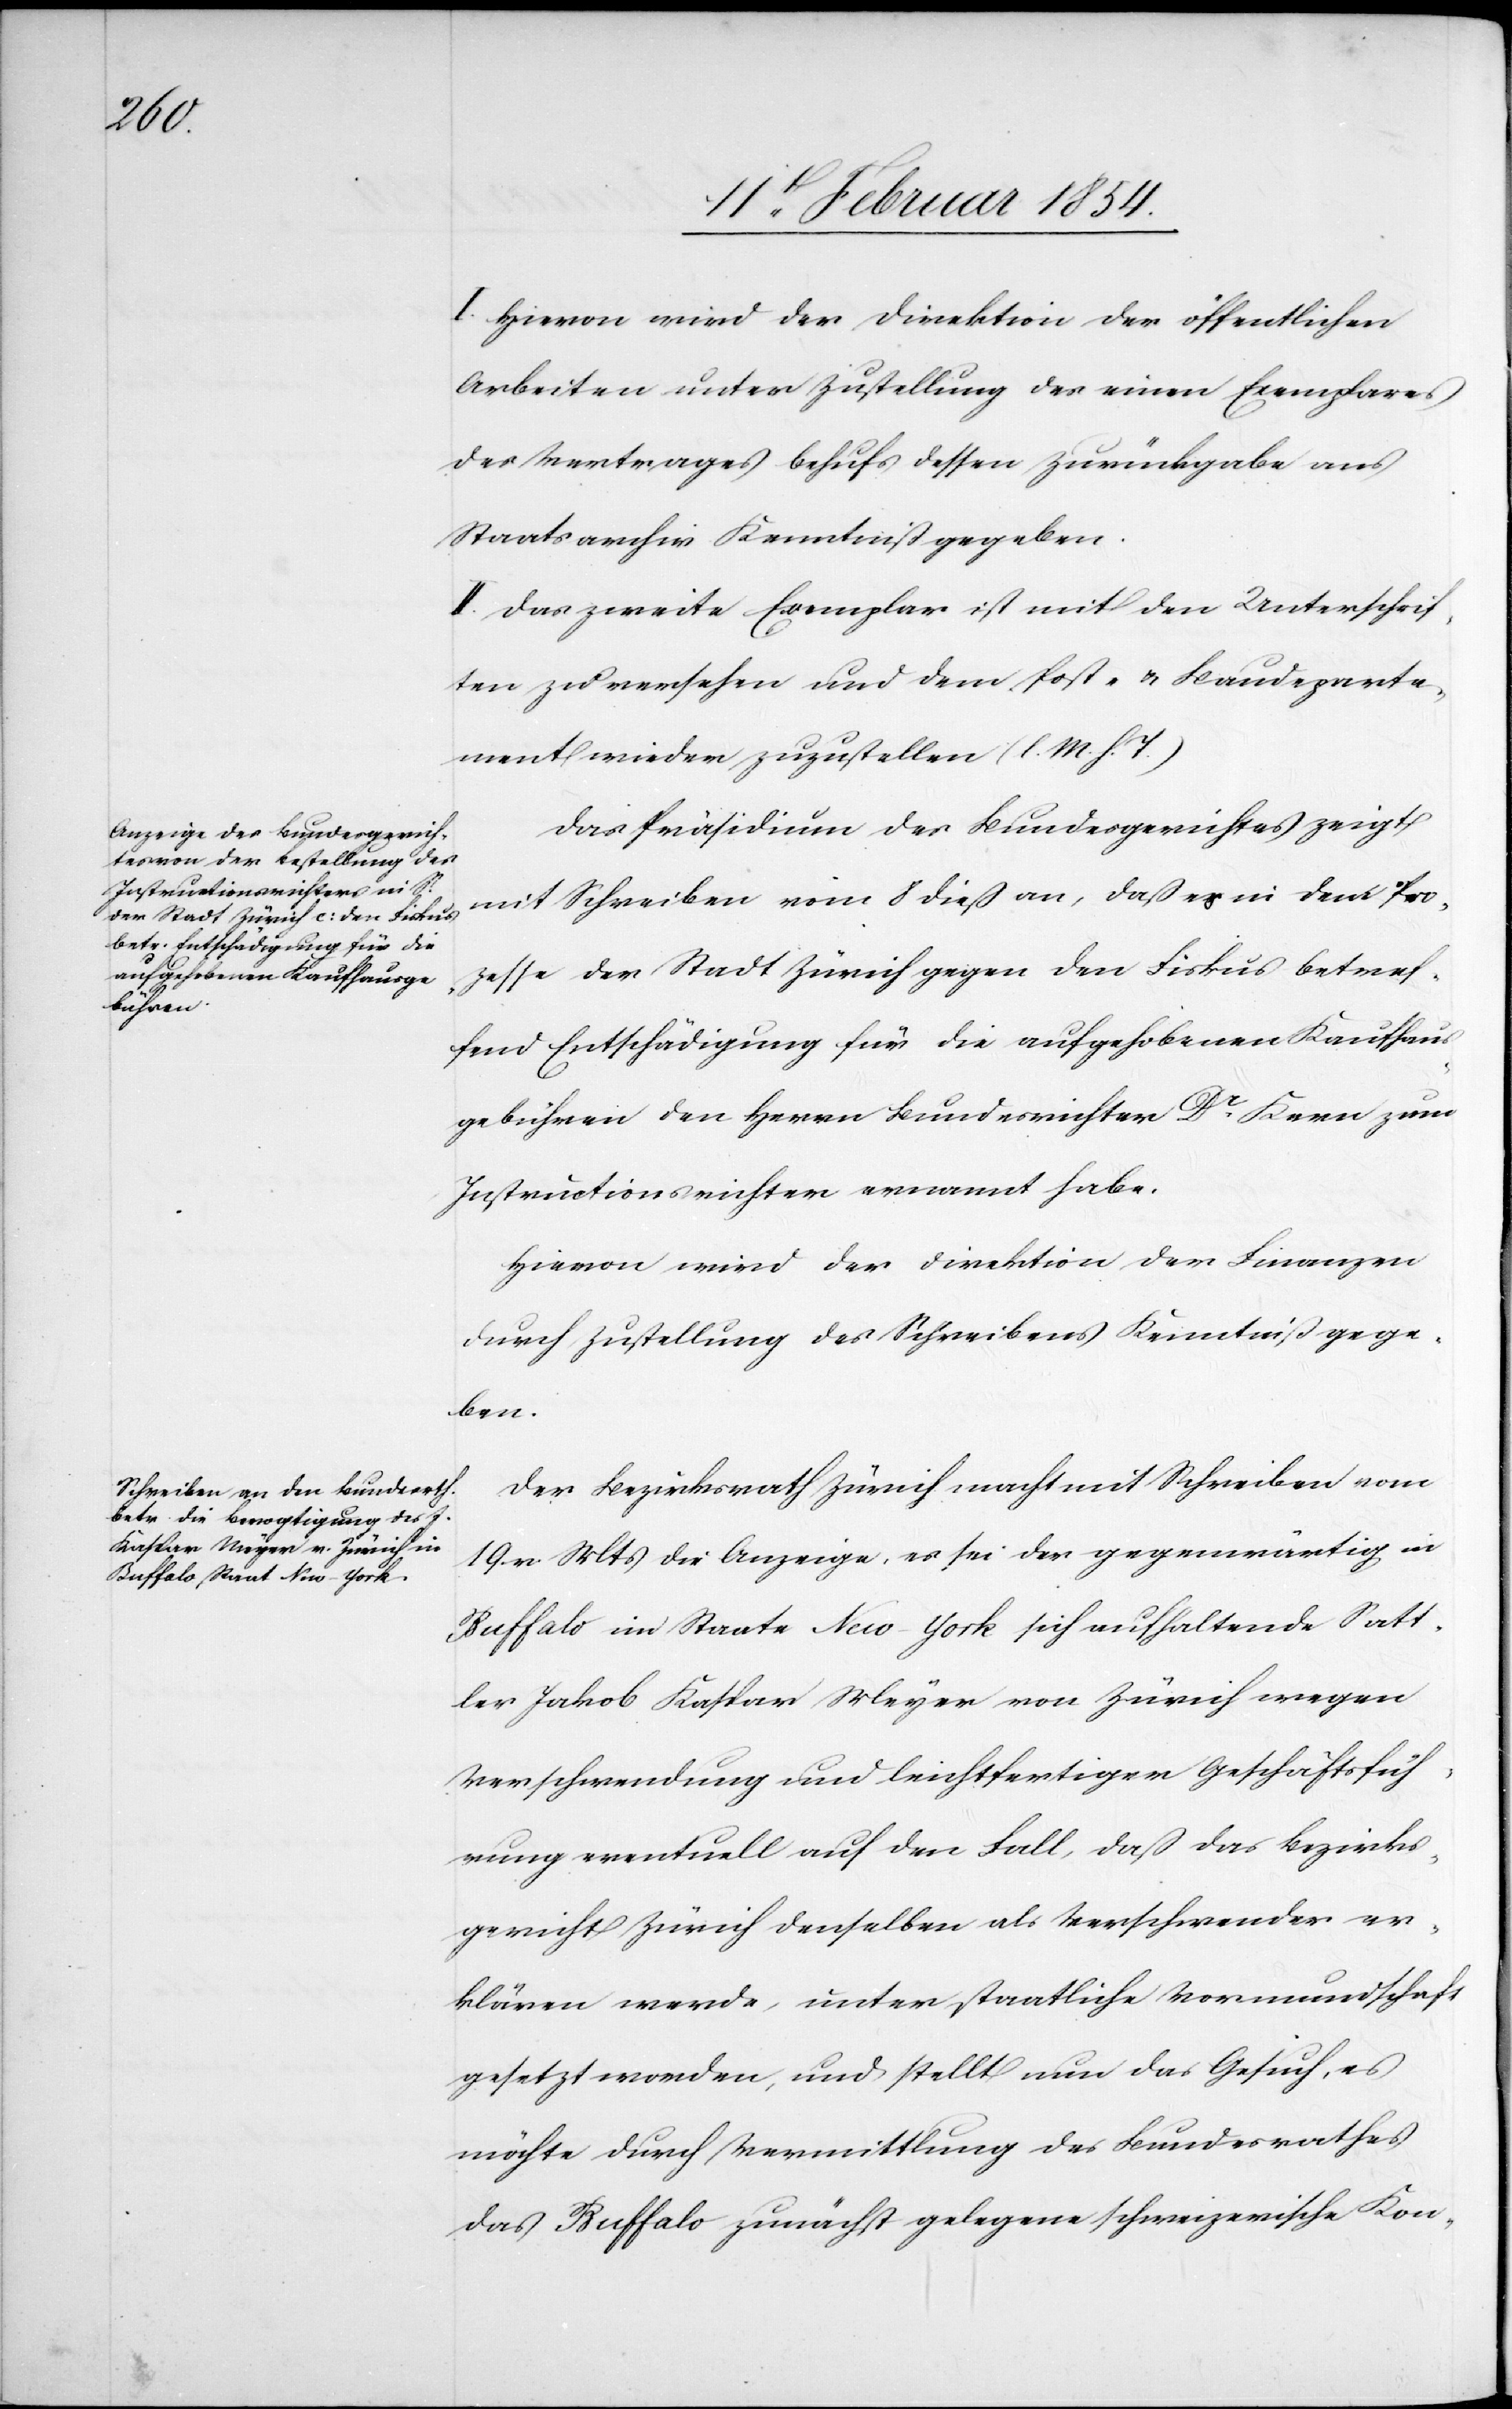
I. Hievon wird der Direktion der öffentlichen
Arbeiten unter Zustellung des einen Exemplares
des Vertrages behufs dessen Zurückgabe aus
Staatsarchiv Kenntniß gegeben.
II. Das zweite Exemplar ist mit den Unterschrif¬
ten zu versehen und dem Post- u. Baudeparte¬
ment wieder zuzustellen (l. M. h. T.)
Das Präsidium des Bundesgerichtes zeigt
mit Schreiben vom 8 dieß an, daß es in dem Pro¬
zesse der Stadt Zürich gegen den Fiskus betref¬
fend Entschädigung für die aufgehobenen Kaufhaus¬
gebühren den Herrn Bundesrichter Dr Kern zum
Instructionsrichter ernannt habe.
Hievon wird der Direktion der Finanzen
durch Zustellung des Schreibens Kenntniß gege¬
ben.
Der Bezirksrath Zürich macht mit Schreiben vom
v. Mts die Anzeige, es sei der gegenwärtig in
Buffalo im Staate New-York sich aufhaltende Satt¬
ler Jakob Kaspar Meyer von Zürich wegen
Verschwendung und leichtfertiger Geschäftsfüh¬
rung eventuell auf den Fall, daß das Bezirks¬
gericht Zürich denselben als Verschwender er¬
klären werde, unter staatliche Vormundschaft
gesetzt worden, und stellt nun das Gesuch, es
möchte durch Vermittlung des Bundesrathes
das Buffalo zunächst gelegene schweizerische Kon-